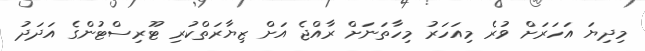
މިދިޔަ އަހަރަށް ވުރެ މިއަހަރު މިހާތަނަށް ރާއްޖެ އަށް ޒިޔާރަތްކުރި ޓޫރިސްޓުންގެ އަދަދު